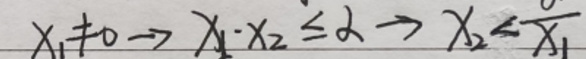
$x_{1}\neq 0\to x_{1}\cdot x_{2}\leq 2\to x_{2}\leq \frac {2}{x_{1}}$